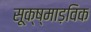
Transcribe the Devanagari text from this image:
सूक्ष्माड़विक